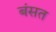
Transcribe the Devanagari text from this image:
बंसत